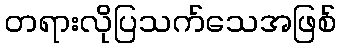
တရားလိုပြသက်သေအဖြစ်